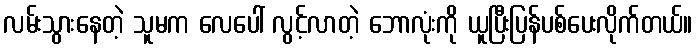
လမ်းသွားနေတဲ့ သူမက လေပေါ် လွင့်လာတဲ့ ဘောလုံးကို ယူပြီးပြန်ပစ်ပေးလိုက်တယ်။